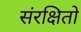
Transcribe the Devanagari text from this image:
संरक्षितो